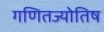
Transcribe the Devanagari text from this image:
गणितज्योतिष